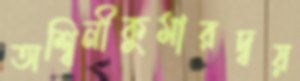
অশ্বিনীকুমারদ্বয়